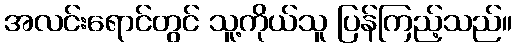
အလင်းရောင်တွင် သူ့ကိုယ်သူ ပြန်ကြည့်သည်။